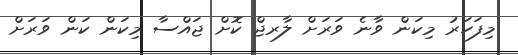
މިފަހަރު މިކަން ވާނެ ވަރަށް ލާރޖް ކޮށް ޖައްސާ މިކަން ކަން ވަރަށް